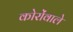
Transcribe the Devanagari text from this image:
कोरोंवाले